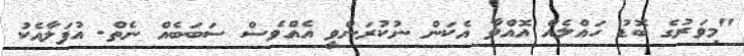
"މިވަރުގެ ބޮޑު ހައްލެއް އޮއްްވާ އެކަން ނުކުރަންވީ އެއްވެސް ސަބަބެއް ނެތް. އުފަލާއެކު